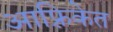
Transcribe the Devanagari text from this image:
आफ़्रिकेत